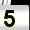
Digit: 5